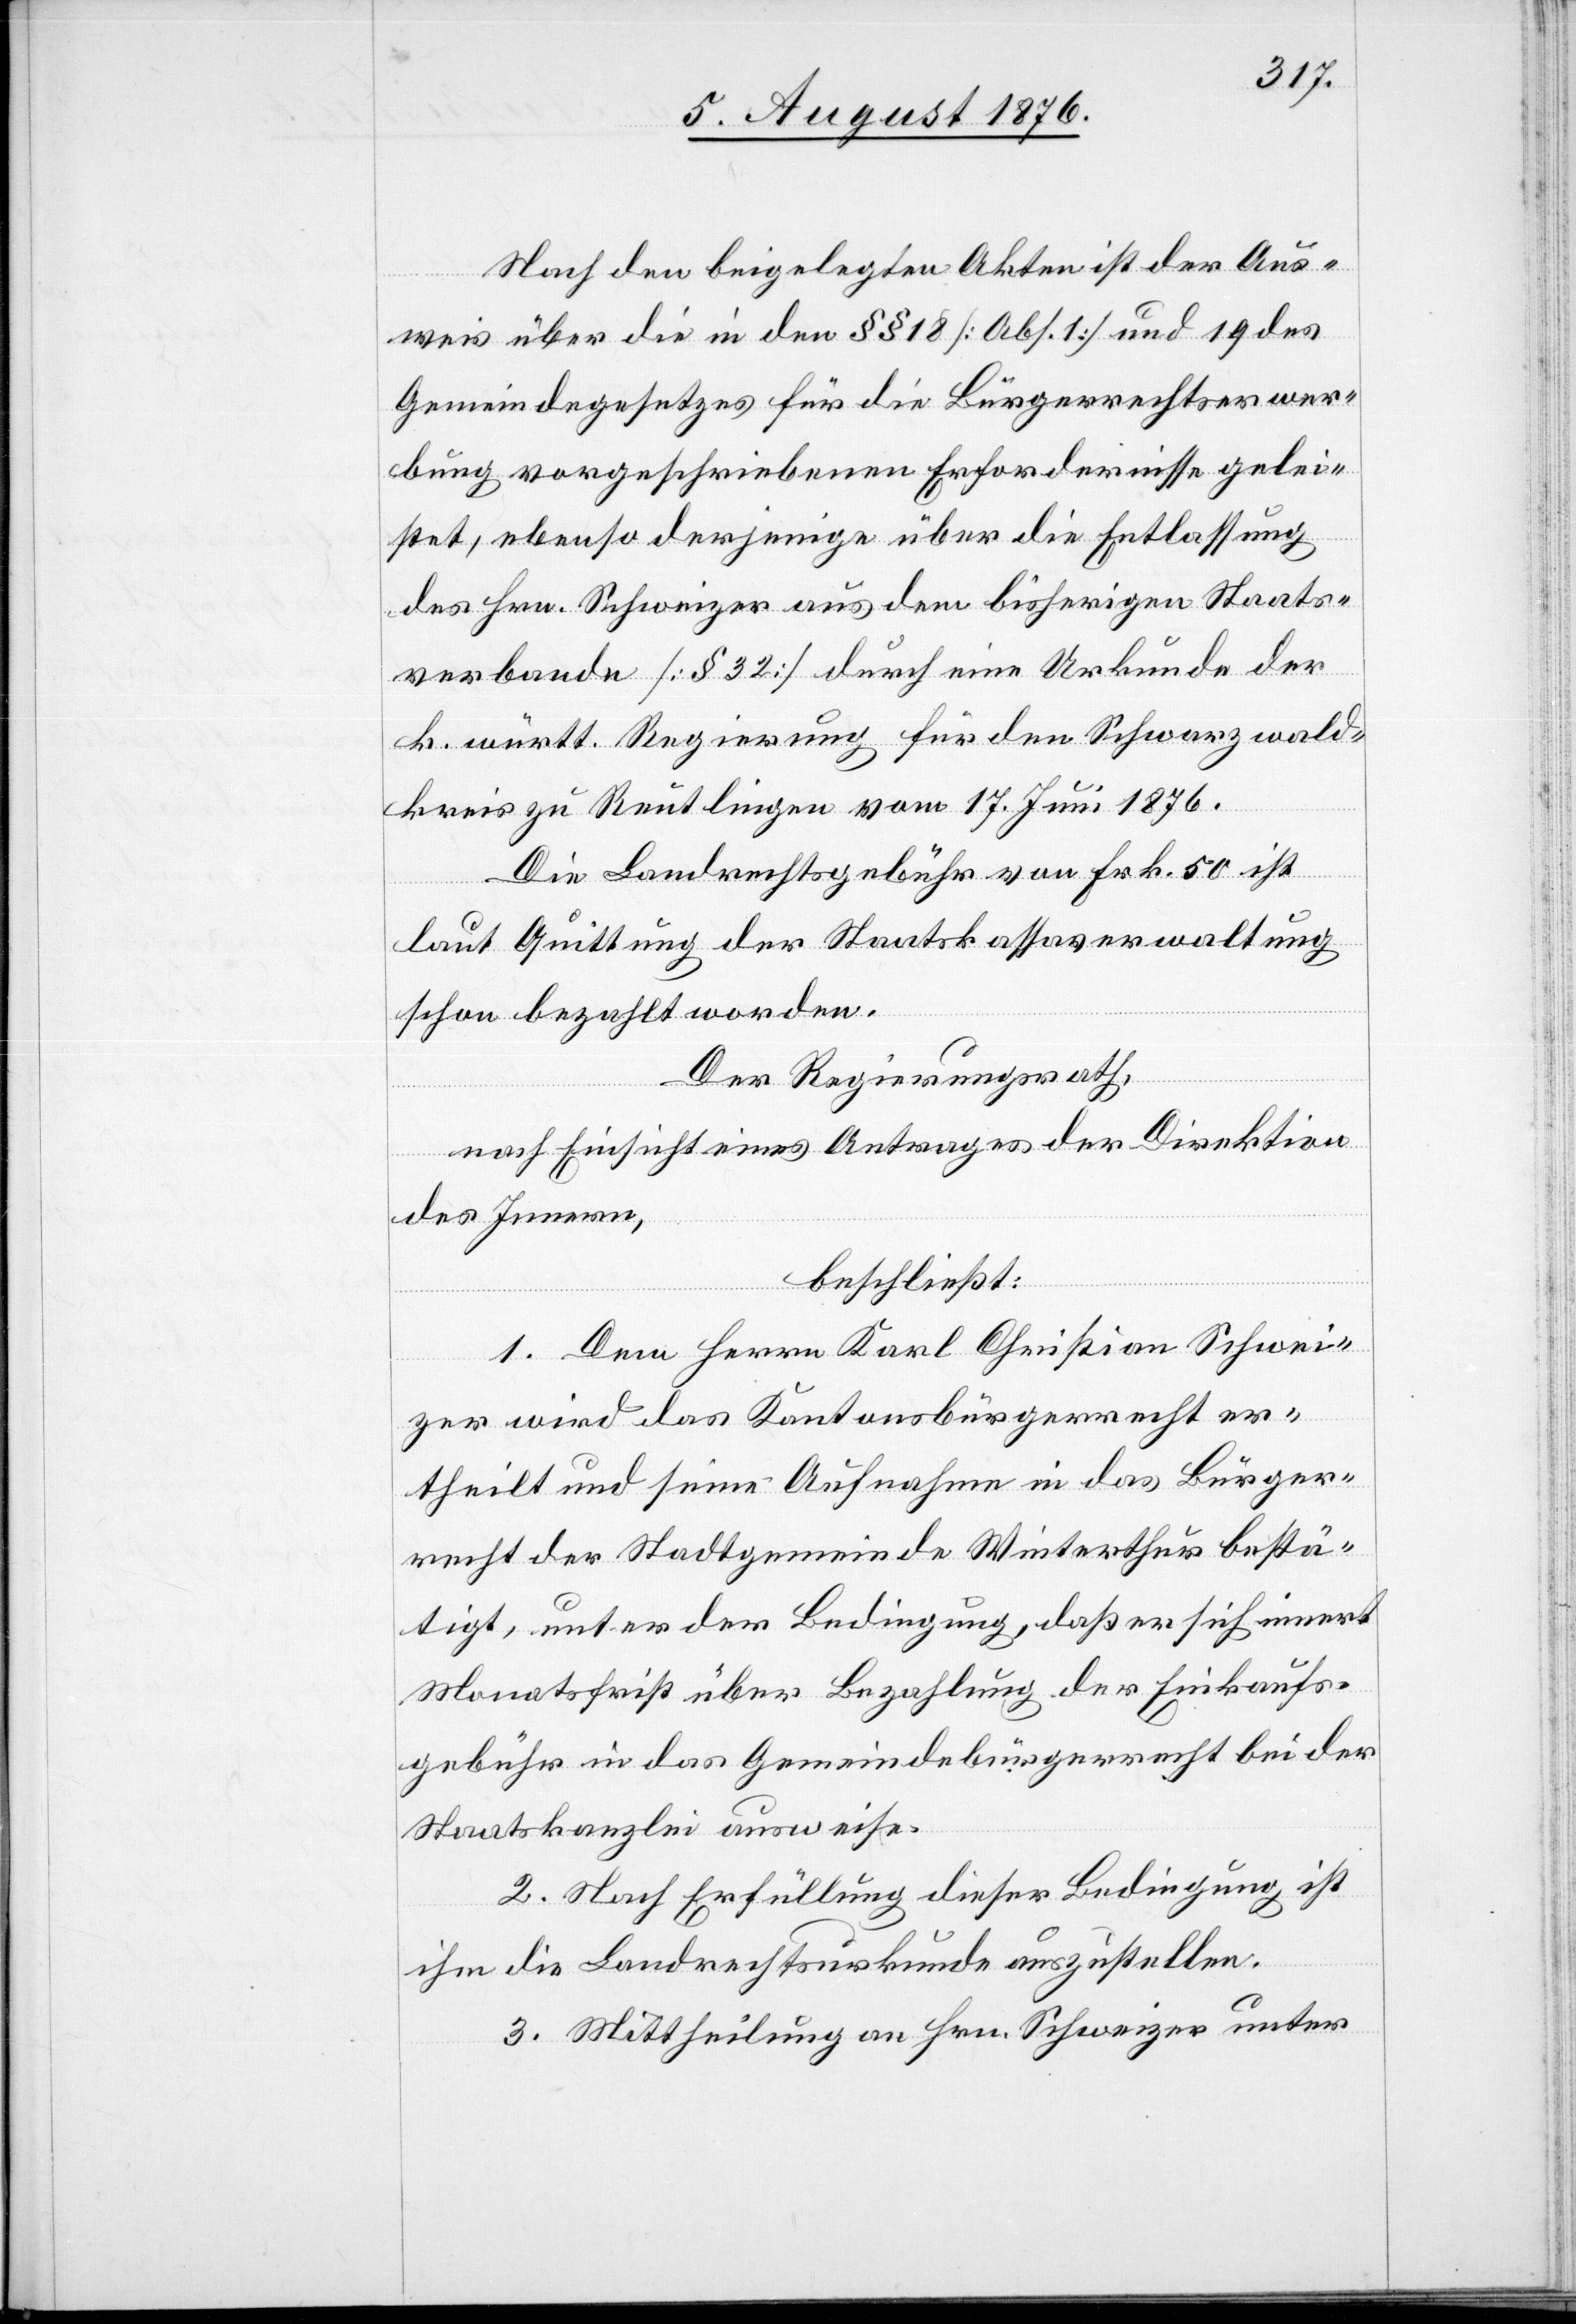
Nach den beigelegten Akten ist der Aus¬
weis über die in den §§ 18 [Abs. 1] und 19 des
Gemeindegesetzes für die Bürgerrechtserwer¬
bung vorgeschriebenen Erfordernisse gelei¬
stet, ebenso derjenige über die Entlassung
des Hrn. Schweizer aus dem bisherigen Staats¬
verbande [§ 32] durch eine Urkunde der
k. württ. Regierung für den Schwarzwald¬
kreis zu Reutlingen vom 17. Juni 1876.
Die Landrechtsgebühr von Frk. 50 ist
laut Quittung der Staatskassaverwaltung
schon bezahlt worden.
Der Regierungsrath,
nach Einsicht eines Antrages der Direktion
des Innern,
beschließt:
1. Dem Herrn Karl Christian Schwei¬
zer wird das Kantonsbürgerrecht er¬
theilt und seine Aufnahme in das Bürger¬
recht der Stadtgemeinde Winterthur bestä¬
tigt, unter der Bedingung, daß er sich innert
Monatsfrist über Bezahlung der Einkaufs¬
gebühr in das Gemeindebürgerrecht bei der
Staatskanzlei ausweise.
2. Nach Erfüllung dieser Bedingung ist
ihm die Landrechtsurkunde auszustellen.
3. Mittheilung an Hrn. Schweizer unter